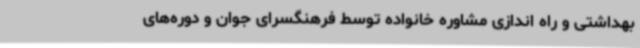
بهداشتی و راه اندازی مشاوره خانواده توسط فرهنگسرای جوان و دوره‌های